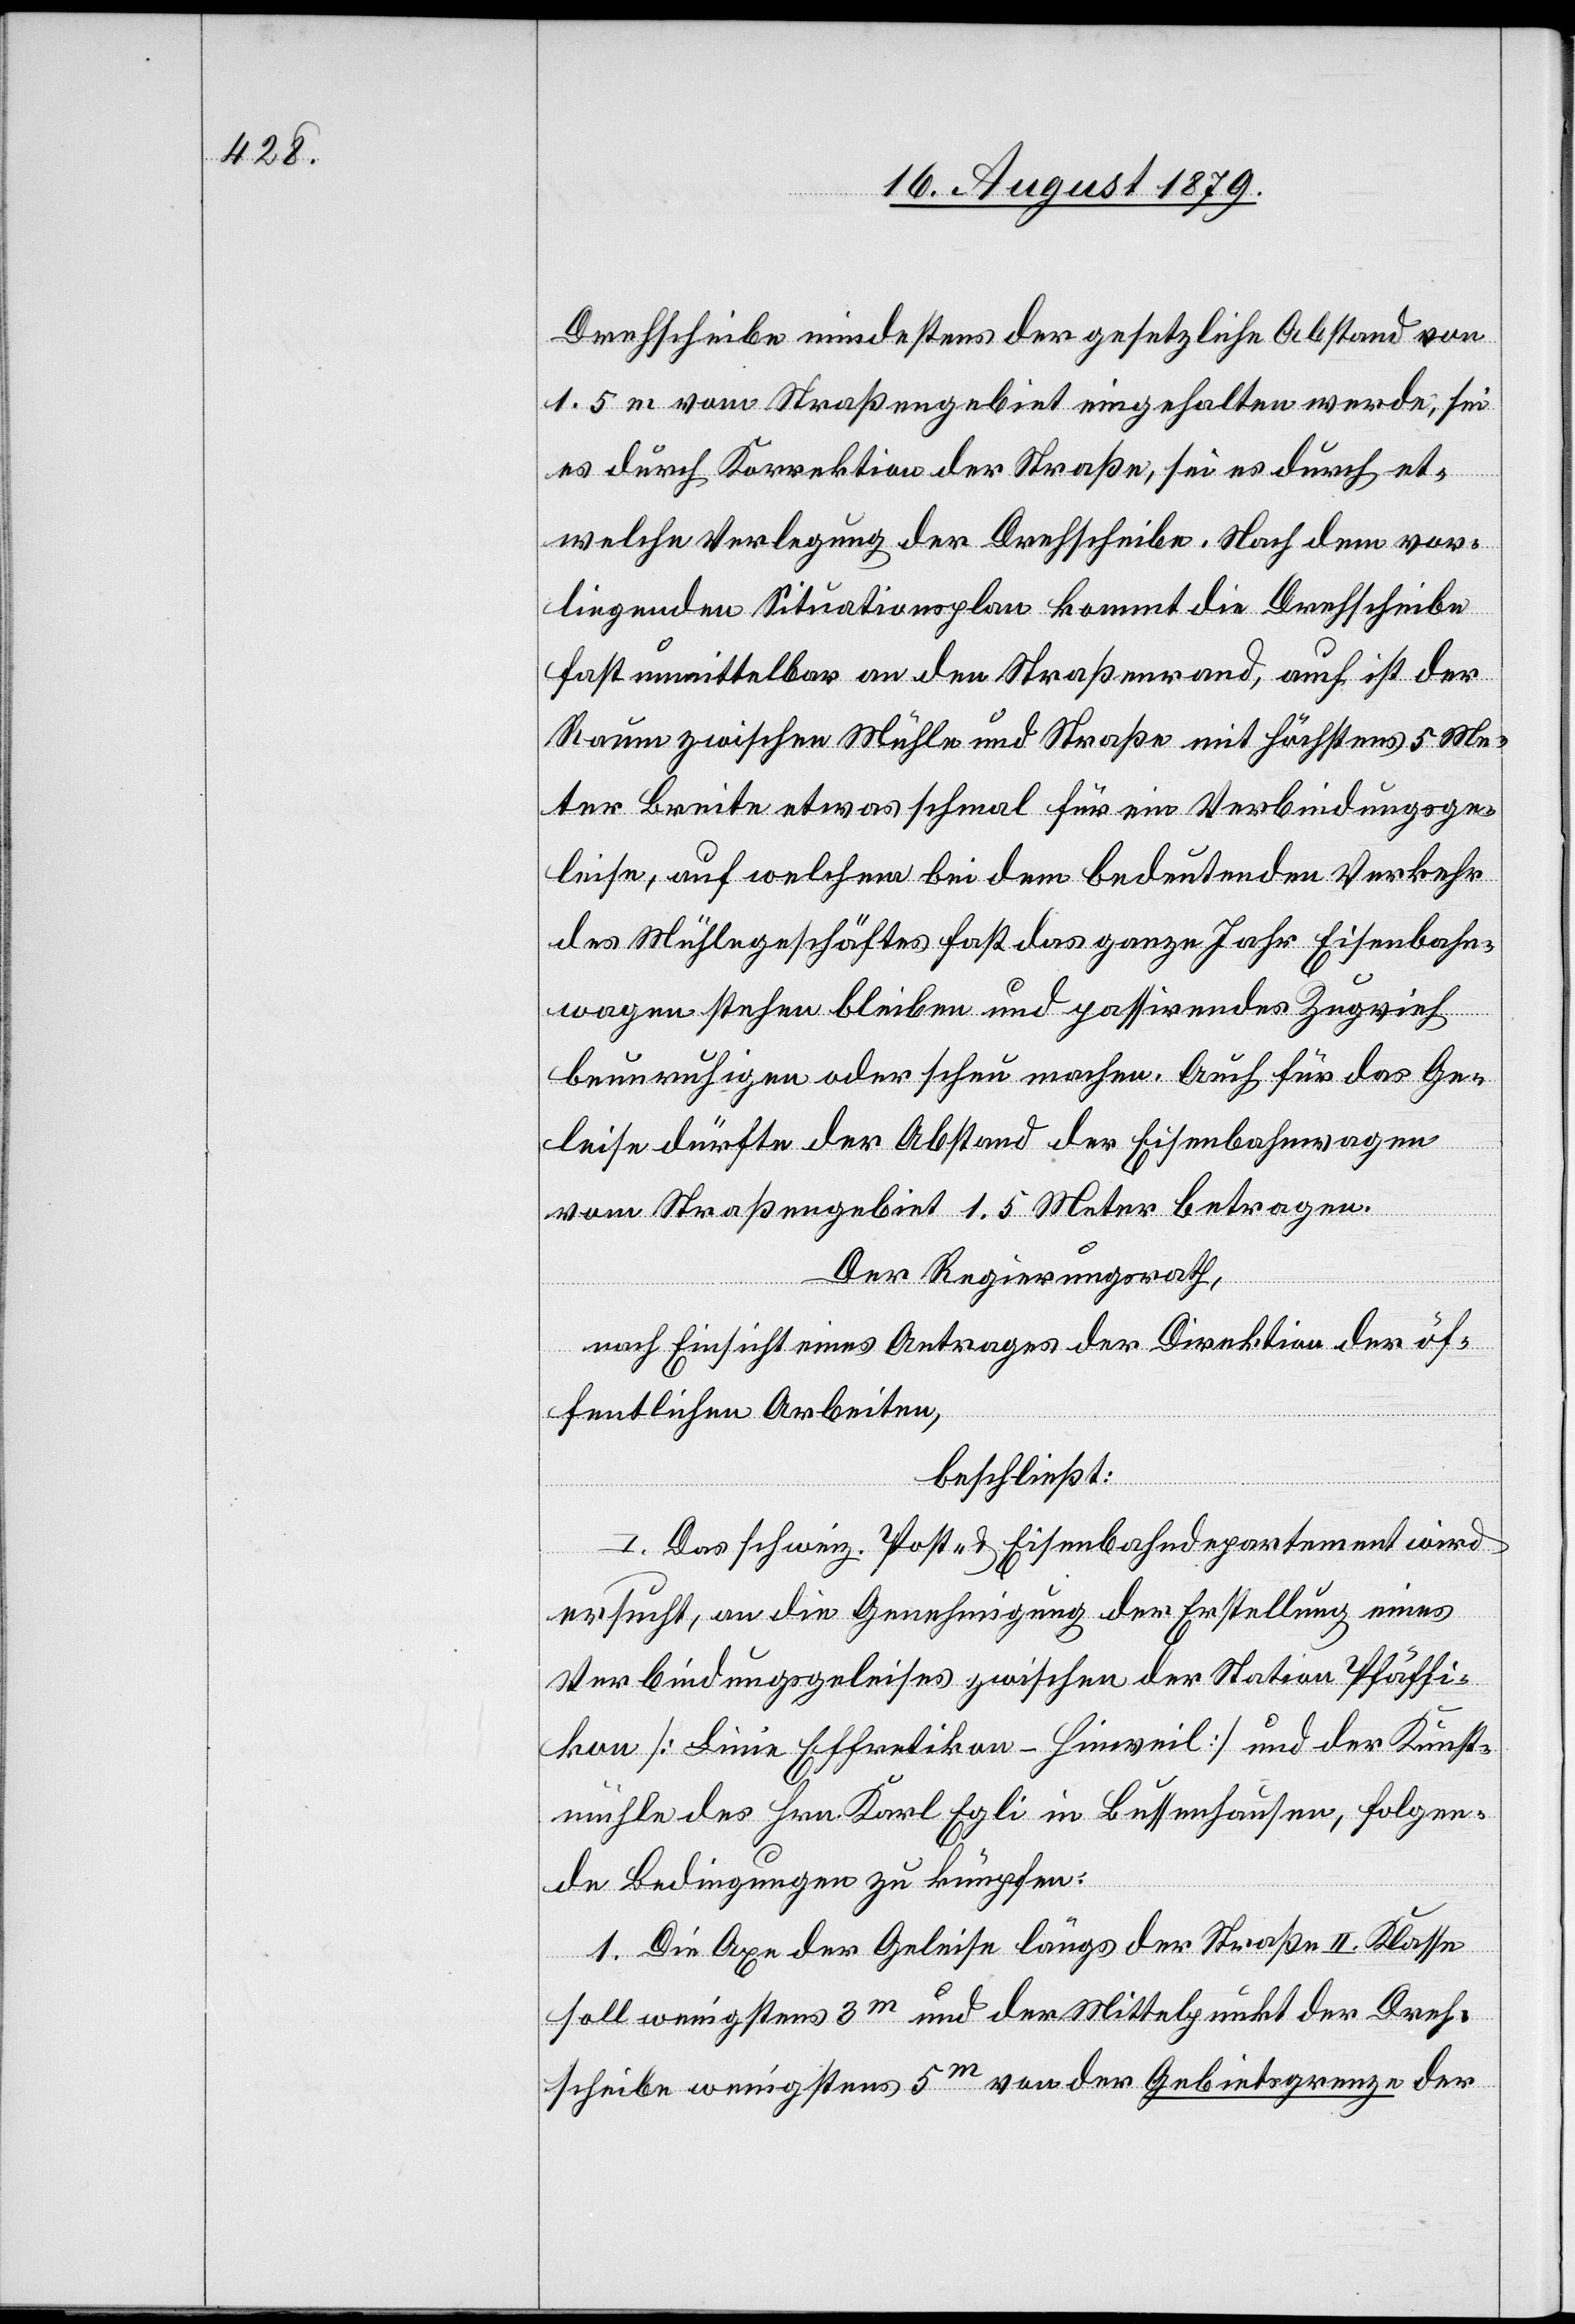
Drehscheibe mindestens der gesetzliche Abstand von
1.5 m vom Straßengebiet eingehalten werde, sei
es durch Korrektion der Straße, sei es durch et¬
welche Verlegung der Drehscheibe. Nach dem vor¬
liegenden Situationsplan kommt die Drehscheibe
fast unmittelbar an den Straßenrand, auch ist der
Raum zwischen Mühle und Straße mit höchstens 5 Me¬
ter Breite etwas schmal für ein Verbindungsge¬
leise, auf welchem bei dem bedeutenden Verkehr
des Mühlegeschäftes fast das ganze Jahr Eisenbahn¬
wagen stehen bleiben und passirendes Zugvieh
beunruhigen oder scheu machen. Auch für das Ge¬
leise dürfte der Abstand der Eisenbahnwagen
vom Straßengebiet 1.5 Meter betragen.
Der Regierungsrath,
nach Einsicht eines Antrages der Direktion der öf¬
fentlichen Arbeiten,
beschließt:
I. Das schweiz. Post- & Eisenbahndepartement wird
ersucht, an die Genehmigung der Erstellung eines
Verbindungsgeleises zwischen der Station Pfäffi¬
kon [Linie Effretikon– Hinweil] und der Kunst¬
mühle des Hrn. Karl Egli in Bussenhausen, folgen¬
de Bedingungen zu knüpfen:
1. Die Axe der Geleise längs der Straße II. Klasse
soll wenigstens 3m und der Mittelpunkt der Dreh¬
scheibe wenigstens 5m von der Gebietsgrenze der